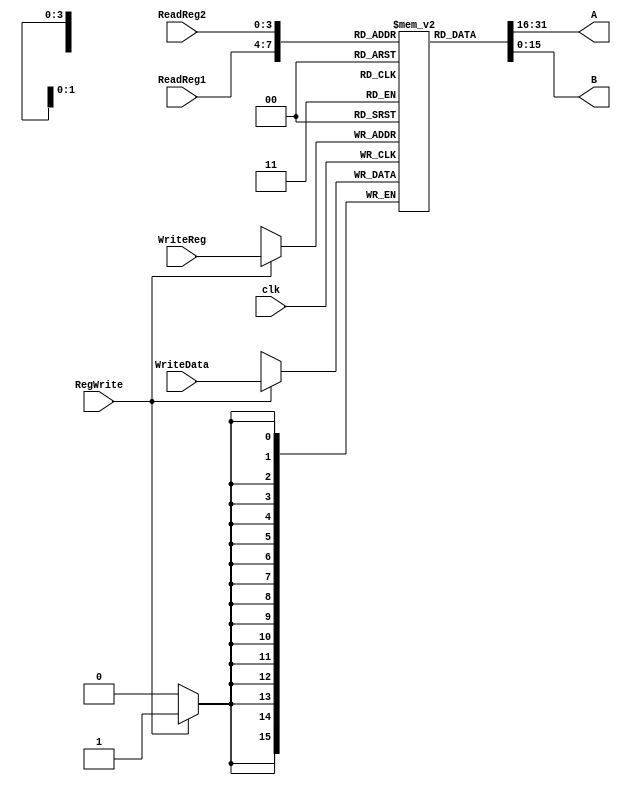
module RegFile(A,B,ReadReg1,ReadReg2,WriteReg,WriteData,RegWrite,clk);

output reg [15:0]A,B;
input [3:0]ReadReg1,ReadReg2,WriteReg;
input [15:0]WriteData;
input clk, RegWrite;

reg [15:0]registers[0:15]; integer i;
initial
begin
for(i=0;i<=15;i=i+1)
registers[i]=i;
end

always @ (negedge clk)	
	begin
	if (RegWrite)
		registers[WriteReg] <= WriteData;
	end
	
always @ (*)	
	begin	
	A <= registers[ReadReg1];
	B <= registers[ReadReg2];
	end
	
endmodule

/* module tb_RegFile;

wire [15:0]A,B;
reg [3:0]ReadReg1,ReadReg2,WriteReg;
reg [15:0]WriteData; reg clk;
reg RegWrite;

initial
	begin
	$dumpfile("RegFile.vcd");
	$dumpvars;
	end
	
RegFile	uut (A,B,ReadReg1,ReadReg2,WriteReg,WriteData,RegWrite,clk);

initial 
	begin
	#0 clk = 0; forever #50 clk = ~clk;
	end

initial #00 ReadReg1= 2;
initial #00 ReadReg2=4;
initial #00 RegWrite=0;

initial #100 RegWrite =1;
initial #100 WriteReg = 2;
initial #100 WriteData = 1;
initial #25 ReadReg1= 1;	
initial #105 RegWrite =0;
	
initial #125 ReadReg1= 2;
	
initial #2000 $stop;
		
endmodule
	 */